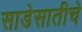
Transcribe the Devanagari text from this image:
साडेसातीचे